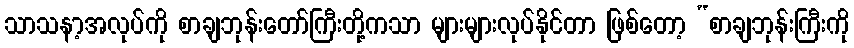
သာသနာ့အလုပ်ကို စာချဘုန်းတော်ကြီးတို့ကသာ များများလုပ်နိုင်တာ ဖြစ်တော့ “စာချဘုန်းကြီးကို